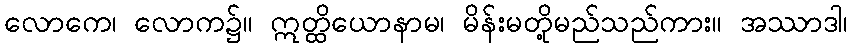
လောကေ၊ လောက၌။ ဣတ္ထိယောနာမ၊ မိန်းမတို့မည်သည်ကား။ အဿာဒါ၊